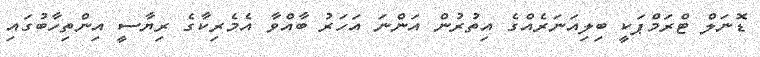
ޑޮނަލް ޓްރަމްޕަކީ ބިލިއަނަރެއްގެ އިތުރުން އަންނަ އަހަރު ބާއްވާ އެމެރިކާގެ ރިޔާސީ އިންތިހާބުގައި